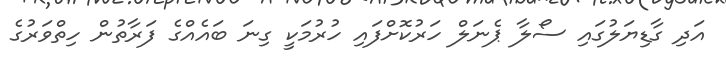
އަދި ގާޑިޔަލުގައި ސޯލާ ޕެނަލް ހަރުކޮށްފައި ހުރުމަކީ ގިނަ ބައެއްގެ ފަރާތުން ހިތްވަރުގެ